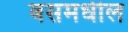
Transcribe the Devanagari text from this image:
बसमधील